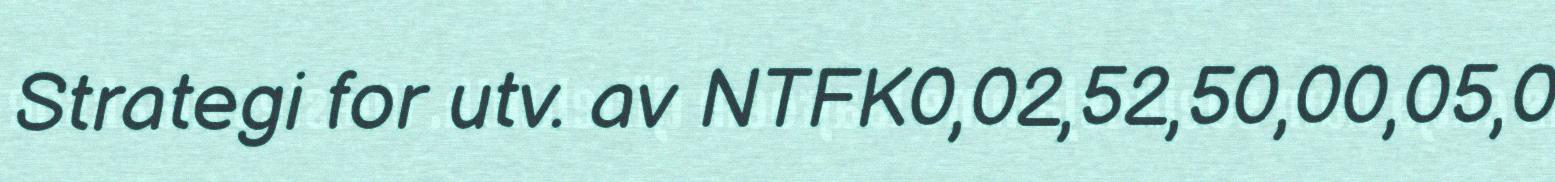
Strategi for utv. av NTFK0,02,52,50,00,05,0